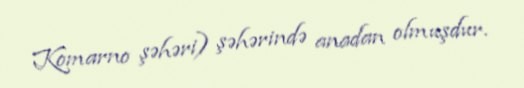
Komarno şəhəri) şəhərində anadan olmuşdur.